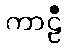
ကာဠီ